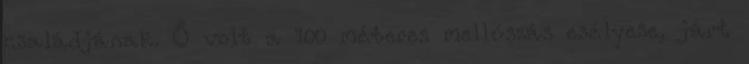
családjának. Ő volt a 100 méteres mellúszás esélyese, járt